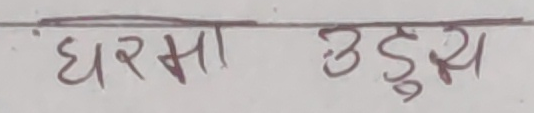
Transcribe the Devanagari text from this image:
घरमा उडुस